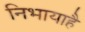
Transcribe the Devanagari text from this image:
निभायाहै